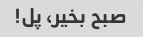
صبح بخیر، پل!